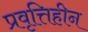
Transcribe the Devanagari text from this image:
प्रवृत्तिहीन